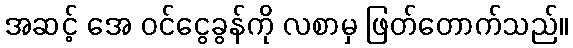
အဆင့် အေ ဝင်ငွေခွန်ကို လစာမှ ဖြတ်တောက်သည်။